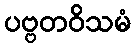
ပဗ္ဗတဝိသမံ